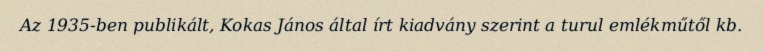
Az 1935-ben publikált, Kokas János által írt kiadvány szerint a turul emlékműtől kb.